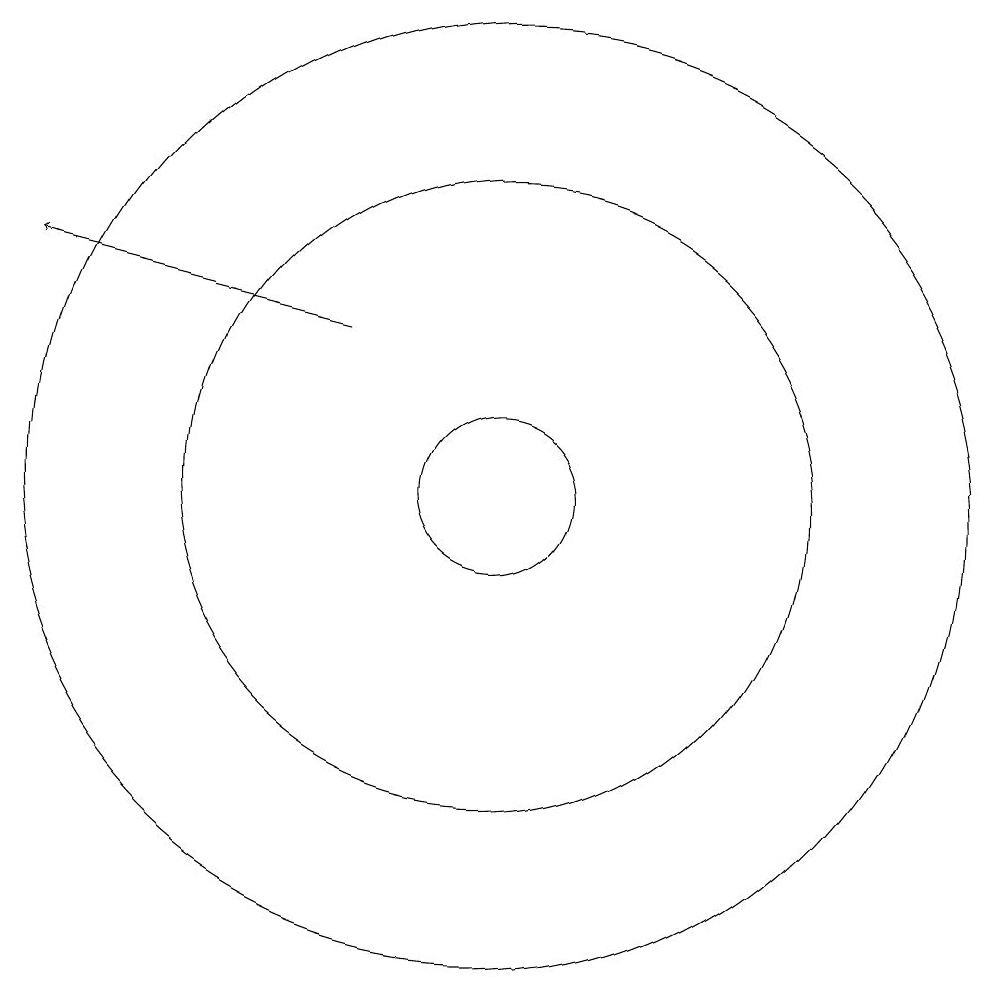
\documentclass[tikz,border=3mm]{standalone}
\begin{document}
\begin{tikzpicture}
\draw (11,10) circle (4);
\draw (11,10) circle (6);
\draw (11,10) circle (1);
\draw[->] (9,12) -- (5,13);
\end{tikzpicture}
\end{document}